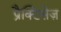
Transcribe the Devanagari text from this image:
प्रैक्टिसेज़